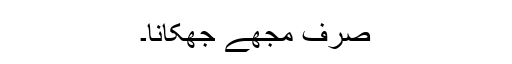
صرف مجھے جھکانا۔